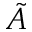
\Tilde { A }